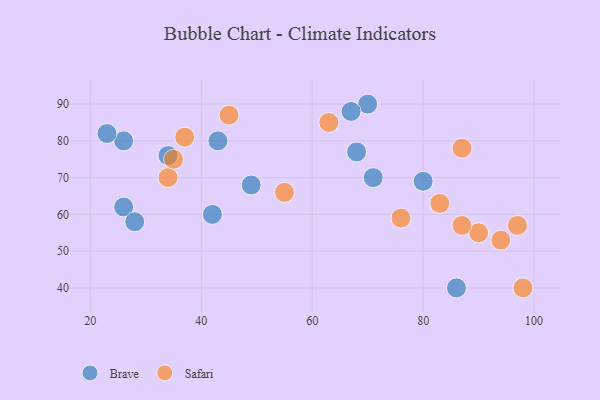
{"axis": {"x": "GDP", "y": "Life Expectancy"}, "legend": ["Brave", "Safari"], "data": [{"x": "26", "y": 62, "type": "Brave"}, {"x": "26", "y": 80, "type": "Brave"}, {"x": "70", "y": 90, "type": "Brave"}, {"x": "49", "y": 68, "type": "Brave"}, {"x": "23", "y": 82, "type": "Brave"}, {"x": "80", "y": 69, "type": "Brave"}, {"x": "86", "y": 40, "type": "Brave"}, {"x": "28", "y": 58, "type": "Brave"}, {"x": "43", "y": 80, "type": "Brave"}, {"x": "34", "y": 76, "type": "Brave"}, {"x": "71", "y": 70, "type": "Brave"}, {"x": "68", "y": 77, "type": "Brave"}, {"x": "67", "y": 88, "type": "Brave"}, {"x": "42", "y": 60, "type": "Brave"}, {"x": "76", "y": 59, "type": "Safari"}, {"x": "97", "y": 57, "type": "Safari"}, {"x": "87", "y": 78, "type": "Safari"}, {"x": "45", "y": 87, "type": "Safari"}, {"x": "34", "y": 70, "type": "Safari"}, {"x": "37", "y": 81, "type": "Safari"}, {"x": "90", "y": 55, "type": "Safari"}, {"x": "94", "y": 53, "type": "Safari"}, {"x": "55", "y": 66, "type": "Safari"}, {"x": "83", "y": 63, "type": "Safari"}, {"x": "98", "y": 40, "type": "Safari"}, {"x": "87", "y": 57, "type": "Safari"}, {"x": "63", "y": 85, "type": "Safari"}, {"x": "35", "y": 75, "type": "Safari"}]}